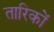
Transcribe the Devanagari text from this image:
तारिकों